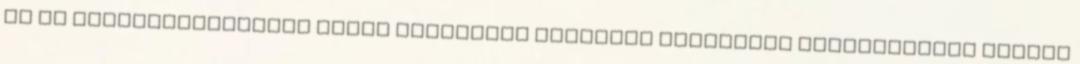
és az energiaforrásban rejlő maximális elméleti potenciál kiaknázására szinte